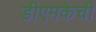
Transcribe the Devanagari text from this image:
डीएमकेची